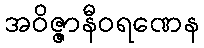
အဝိဇ္ဇာနီဝရဏေန